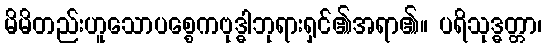
မိမိတည်းဟူသောပစ္စေကဗုဒ္ဓါဘုရားရှင်၏အရာ၏။ ပရိသုဒ္ဓတ္တာ၊